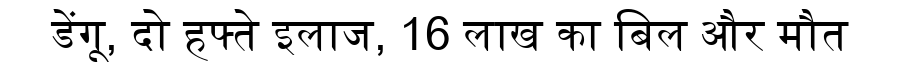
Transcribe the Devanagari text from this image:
डेंगू, दो हफ्ते इलाज, 16 लाख का बिल और मौत